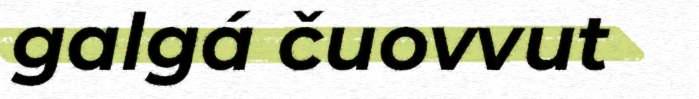
galgá čuovvut